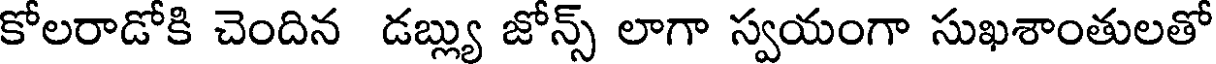
కోలరాడోకి చెందిన డబ్ల్యు జోన్స్ లాగా స్వయంగా సుఖశాంతులతో